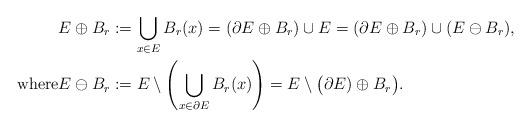
LaTeX: \begin{align*} & E\oplus B_r:=\bigcup_{x\in E} B_r(x)=(\partial E\oplus B_r)\cup E=(\partial E\oplus B_r)\cup(E\ominus B_r),\\{\mbox{where}} &E\ominus B_r:=E\setminus \left(\bigcup_{x\in\partial E} B_r(x)\right)=E\setminus\big(\partial E)\oplus B_r\big).\end{align*}